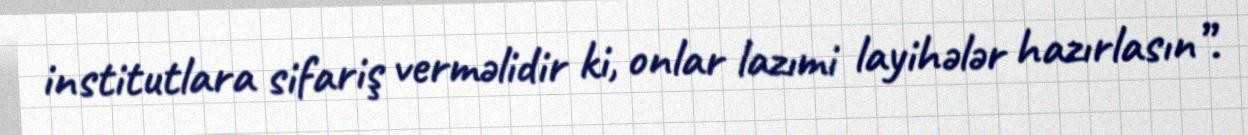
institutlara sifariş verməlidir ki, onlar lazımi layihələr hazırlasın”.